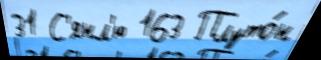
31 С'янл'ю 163 Плуто́н